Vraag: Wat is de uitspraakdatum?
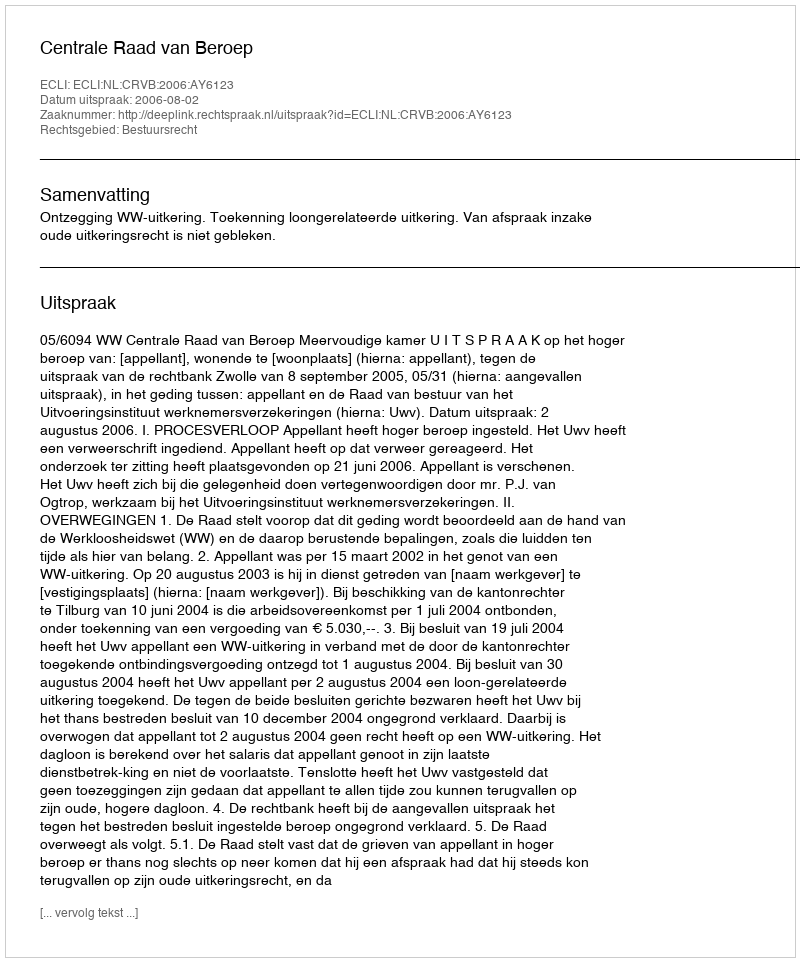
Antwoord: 2006-08-02